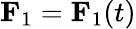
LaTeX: \mathbf{F}_{1}=\mathbf{F}_{1}(t)